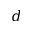
d